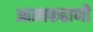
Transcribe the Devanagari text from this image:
आत्मकहाणी